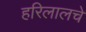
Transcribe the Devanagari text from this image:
हरिलालचे